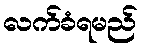
လက်ခံရမည်